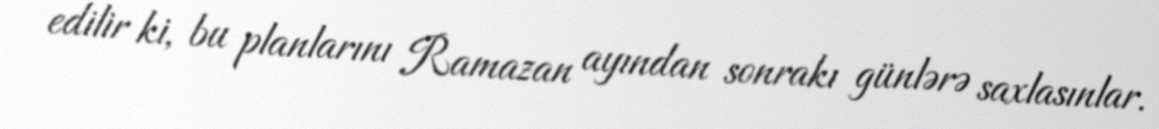
edilir ki, bu planlarını Ramazan ayından sonrakı günlərə saxlasınlar.